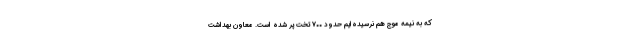
که به نیمه موج هم نرسیده‌ایم حدود ٧٠٠ تخت پر شده است. معاون بهداشت